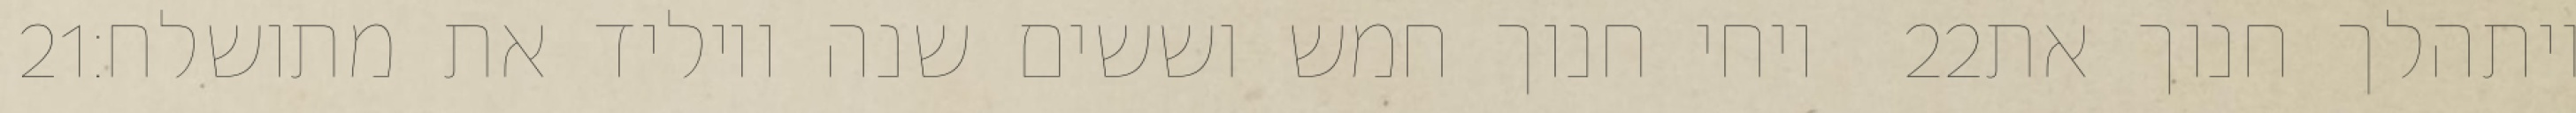
‎21‏ ויחי חנוך חמש וששים שנה ויוליד את מתושלח׃ ‎22‏ ויתהלך חנוך את